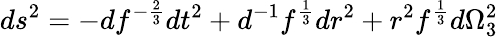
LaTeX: ds^{2}=-df^{-{\frac{2}{3}}}dt^{2}+d^{-1}f^{\frac{1}{3}}dr^{2}+r^{2}f^{\frac{1}{3}}d\Omega_{3}^{2}